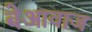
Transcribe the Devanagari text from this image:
बेआवाज